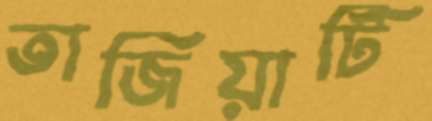
তাজিয়াটি